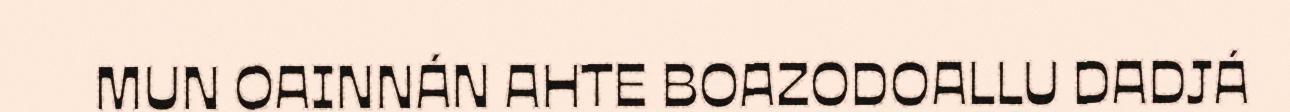
MUN OAINNÁN AHTE BOAZODOALLU DADJÁ